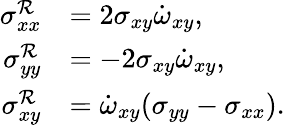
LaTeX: \begin{array}{rl}{\sigma_{xx}^{\mathcal{R}}}&{=2\sigma_{xy}\dot{\omega}_{xy},}\\ {\sigma_{yy}^{\mathcal{R}}}&{=-2\sigma_{xy}\dot{\omega}_{xy},}\\ {\sigma_{xy}^{\mathcal{R}}}&{=\dot{\omega}_{xy}(\sigma_{yy}-\sigma_{xx}).}\end{array}